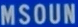
MSOUN